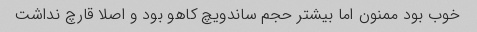
خوب بود ممنون اما بیشتر حجم ساندویچ کاهو بود و اصلا قارچ نداشت